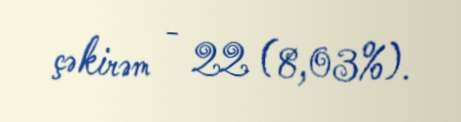
çəkirəm - 22 (8,03%).